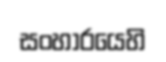
සංහාරයෙහි